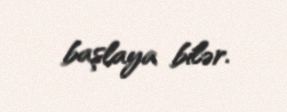
başlaya bilər.